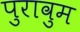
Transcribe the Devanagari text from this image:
पुरावुम